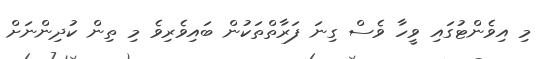
މި އިވެންޓުގައި ވީހާ ވެސް ގިނަ ފަރާތްތަކުން ބައިވެރިވެ މި ތިން ކުދިންނަށް